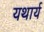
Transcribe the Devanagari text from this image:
यथार्य